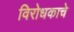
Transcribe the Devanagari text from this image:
विरोधकाचे